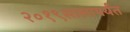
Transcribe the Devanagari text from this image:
२०१९सालापर्यंत